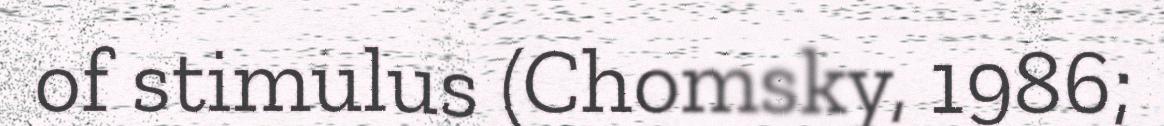
of stimulus (Chomsky, 1986;